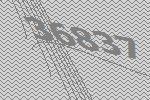
36837